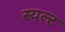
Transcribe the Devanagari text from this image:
स्यल्ट